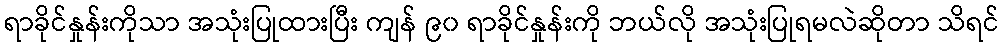
ရာခိုင်နှုန်းကိုသာ အသုံးပြုထားပြီး ကျန် ၉၀ ရာခိုင်နှုန်းကို ဘယ်လို အသုံးပြုရမလဲဆိုတာ သိရင်